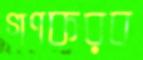
গণকরব